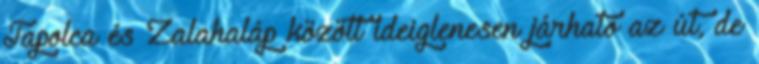
Tapolca és Zalahaláp között ideiglenesen járható az út, de